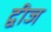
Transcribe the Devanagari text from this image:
द्वीज